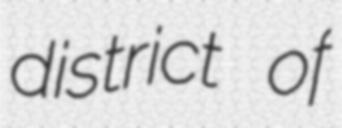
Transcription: district of